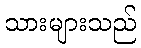
သားများသည်